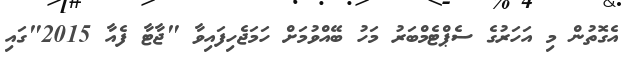
އެގޮތުން މި އަހަރުގެ ސެޕްޓެމްބަރު މަހު ބޭއްވުމަށް ހަމަޖެހިފައިވާ "ޖާޓާ ފެއާ 2015"ގައި